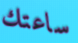
ساعتك